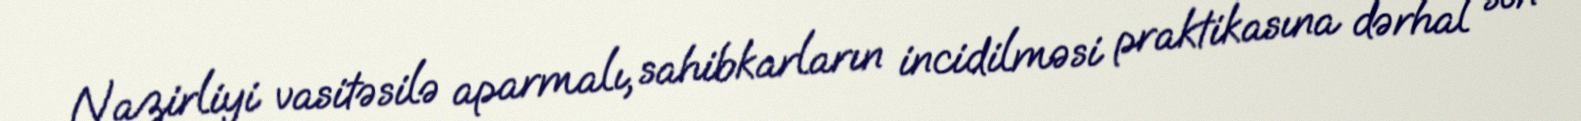
Nazirliyi vasitəsilə aparmalı, sahibkarların incidilməsi praktikasına dərhal son